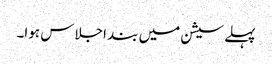
پہلے سیشن میں بند اجلاس ہوا۔